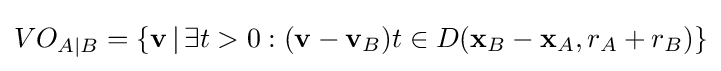
VO_{A|B}=\{\mathbf {v} \,|\,\exists t>0:(\mathbf {v} -\mathbf {v} _{B})t\in D(\mathbf {x} _{B}-\mathbf {x} _{A},r_{A}+r_{B})\}